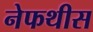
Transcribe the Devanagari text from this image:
नेफथीस